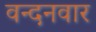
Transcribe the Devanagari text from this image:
वन्‍दनवार